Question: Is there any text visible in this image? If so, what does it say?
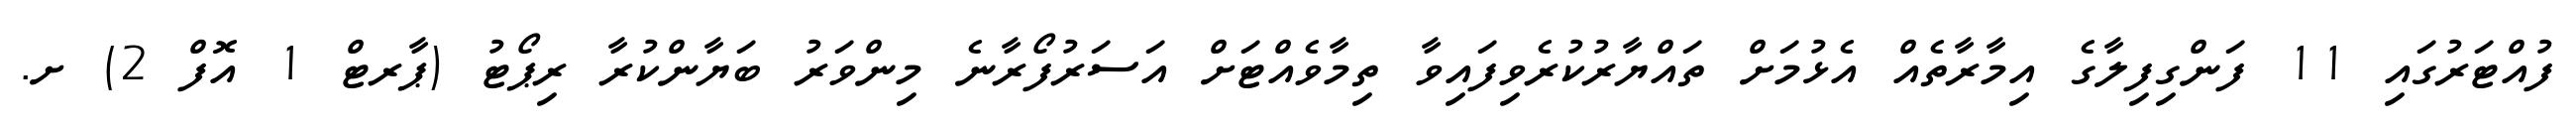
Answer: ފުއްޓަރުގައި 11 ފަންގިފިލާގެ އިމާރާތެއް އެޅުމަށް ތައްޔާރުކުރެވިފައިވާ ތިމާވެއްޓަށް އަސަރުފޯރާނެ މިންވަރު ބަޔާންކުރާ ރިޕޯޓު (ޕާރޓް 1 އޮފް 2) ށ.